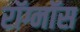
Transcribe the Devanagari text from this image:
रॉग्नॉस